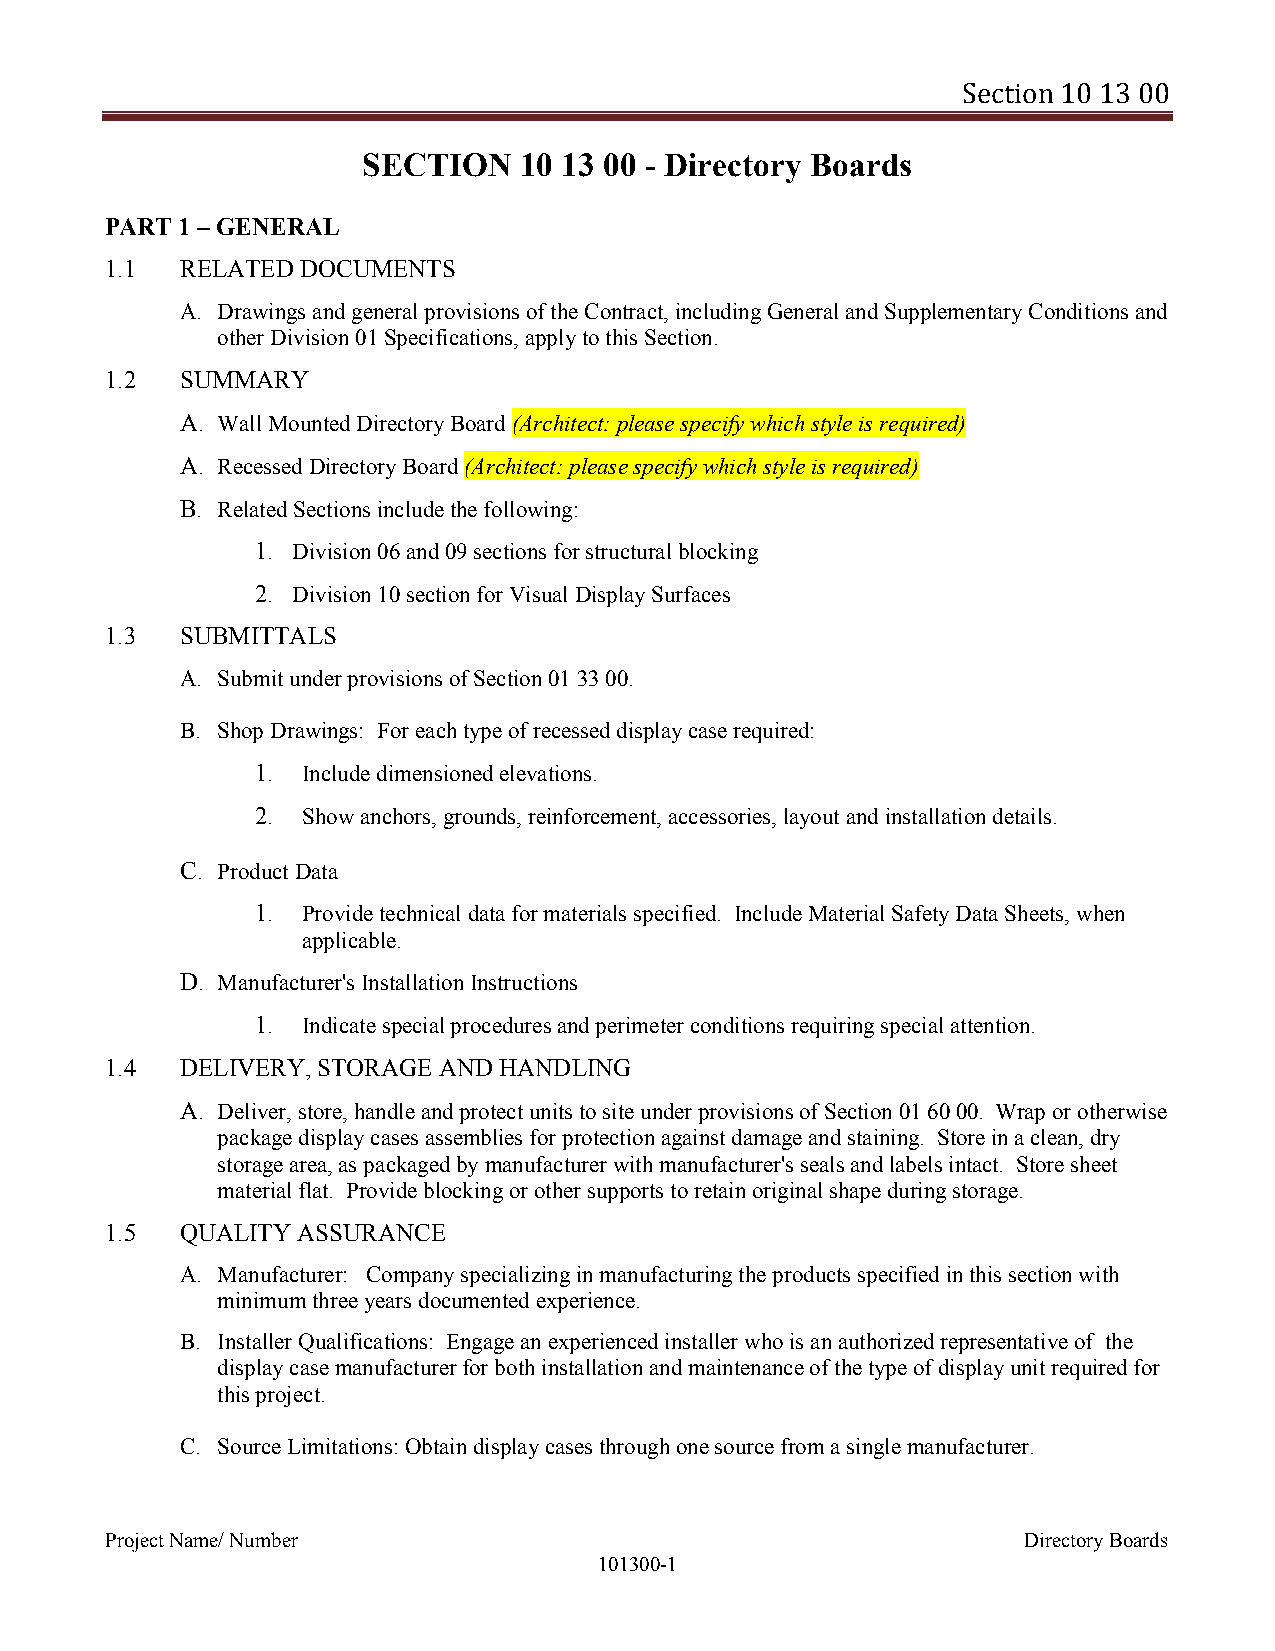
Section 10 13 00
 SECTION   10 13 00 - Directory Boards
 PART 1 – GENERAL
 1.1  RELATED DOCUMENTS
 A. Drawings and general provisions of the Contract, including General and Supplementary Conditions and
 other Division 01 Specifications, apply to this Section.
 1.2  SUMMARY
 A. Wall Mounted Directory Board (Architect: please specify which style is required)
 A. Recessed Directory Board (Architect: please specify which style is required)
 B. Related Sections include the following:
 1. Division 06 and 09 sections for structural blocking
 2. Division 10 section for Visual Display Surfaces
 1.3  SUBMITTALS
 A. Submit under provisions of Section 01 33 00.
 B. Shop Drawings: For each type of recessed display case required:
 1. Include dimensioned elevations.
 2. Show anchors, grounds, reinforcement, accessories, layout and installation details.
 C. Product Data
 1. Provide technical data for materials specified. Include Material Safety Data Sheets, when
 applicable.
 D. Manufacturer's Installation Instructions
 1. Indicate special procedures and perimeter conditions requiring special attention.
 1.4  DELIVERY, STORAGE AND HANDLING
 A. Deliver, store, handle and protect units to site under provisions of Section 01 60 00. Wrap or otherwise
 package display cases assemblies for protection against damage and staining. Store in a clean, dry
 storage area, as packaged by manufacturer with manufacturer's seals and labels intact. Store sheet
 material flat. Provide blocking or other supports to retain original shape during storage.
 1.5  QUALITY ASSURANCE
 A. Manufacturer: Company specializing in manufacturing the products specified in this section with
 minimum three years documented experience.
 B. Installer Qualifications: Engage an experienced installer who is an authorized representative of the
 display case manufacturer for both installation and maintenance of the type of display unit required for
 this project.
 C. Source Limitations: Obtain display cases through one source from a single manufacturer.
 Project Name/ Number                                         Directory Boards
 101300-1